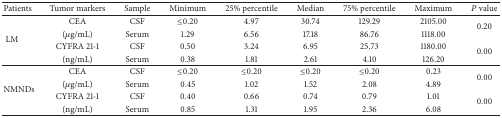
<table><thead><tr><td><b>Patients</b></td><td><b>Tumor markers</b></td><td><b>Sample</b></td><td><b>Minimum</b></td><td><b>25% percentile</b></td><td><b>Median</b></td><td><b>75% percentile</b></td><td><b>Maximum</b></td><td><b><i>P</i> value</b></td></tr></thead><tbody><tr><td rowspan="4"> LM</td><td>CEA</td><td>CSF</td><td>≤0.20</td><td>4.97</td><td>30.74</td><td>129.29</td><td>2105.00</td><td rowspan="2">0.20</td></tr><tr><td>(<i>μ</i>g/mL)</td><td>Serum</td><td>1.29</td><td>6.56</td><td>17.18</td><td>86.76</td><td>1118.00</td></tr><tr><td>CYFRA 21-1</td><td>CSF</td><td>0.50</td><td>3.24</td><td>6.95</td><td>25.73</td><td>1180.00</td><td rowspan="2">0.00</td></tr><tr><td>(ng/mL)</td><td>Serum</td><td>0.38</td><td>1.81</td><td>2.61</td><td>4.10</td><td>126.20</td></tr><tr><td rowspan="4">NMNDs</td><td>CEA</td><td>CSF</td><td>≤0.20</td><td>≤0.20</td><td>≤0.20</td><td>≤0.20</td><td>0.23</td><td rowspan="2">0.00</td></tr><tr><td>(<i>μ</i>g/mL)</td><td>Serum</td><td>0.45</td><td>1.02</td><td>1.52</td><td>2.08</td><td>4.89</td></tr><tr><td>CYFRA 21-1</td><td>CSF</td><td>0.40</td><td>0.66</td><td>0.74</td><td>0.79</td><td>1.01</td><td rowspan="2">0.00</td></tr><tr><td>(ng/mL)</td><td>Serum</td><td>0.85</td><td>1.31</td><td>1.95</td><td>2.36</td><td>6.08</td></tr></tbody></table>